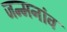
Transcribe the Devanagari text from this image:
जन्मनांव